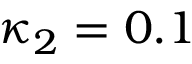
\kappa _ { 2 } = 0 . 1